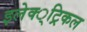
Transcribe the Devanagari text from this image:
इलेक्‍्ट्रिकल